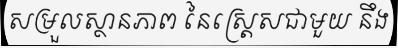
សម្រួលស្ថានភាព នៃស្ត្រេសជាមួយ នឹង